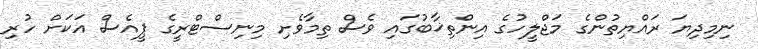
ނިމިދިޔަ ރައްޔިތުންގެ މަޖްލީހުގެ އިންތިޚާބުގައި ވެސް ތިމާވެށި މިނިސްޓްރީގެ ޕީއެސް އަކަށް ހުރި